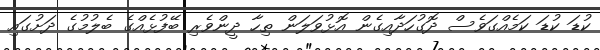
ކުޑަ ކުޑަ ކަމެއްގަވެސް ދޮގުހަދާއިގެން އޮޅުވަލަން ތިހާ ދީންވެރި ބޭފުޅެއްގެ ބެލުމުގެ ދަށުގައި